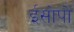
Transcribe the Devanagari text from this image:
ईसोपो